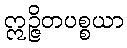
ဣဉ္ဇိတပစ္စယာ